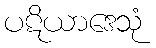
ပဋိယာဒေသုံ